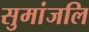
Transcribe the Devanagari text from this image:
सुमांजलि